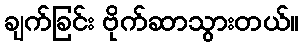
ချက်ခြင်း ဗိုက်ဆာသွားတယ်။